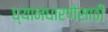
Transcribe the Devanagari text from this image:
ध्यानधारणेसाठी